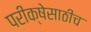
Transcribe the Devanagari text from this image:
परीक्षेसाठीच